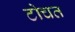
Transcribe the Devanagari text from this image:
टोचत